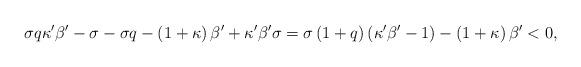
LaTeX: \begin{align*}\sigma q\kappa'\beta'-\sigma-\sigma q-\left(1+\kappa\right)\beta'+\kappa'\beta'\sigma=\sigma\left(1+q\right)\left(\kappa'\beta'-1\right)-\left(1+\kappa\right)\beta'<0,\end{align*}